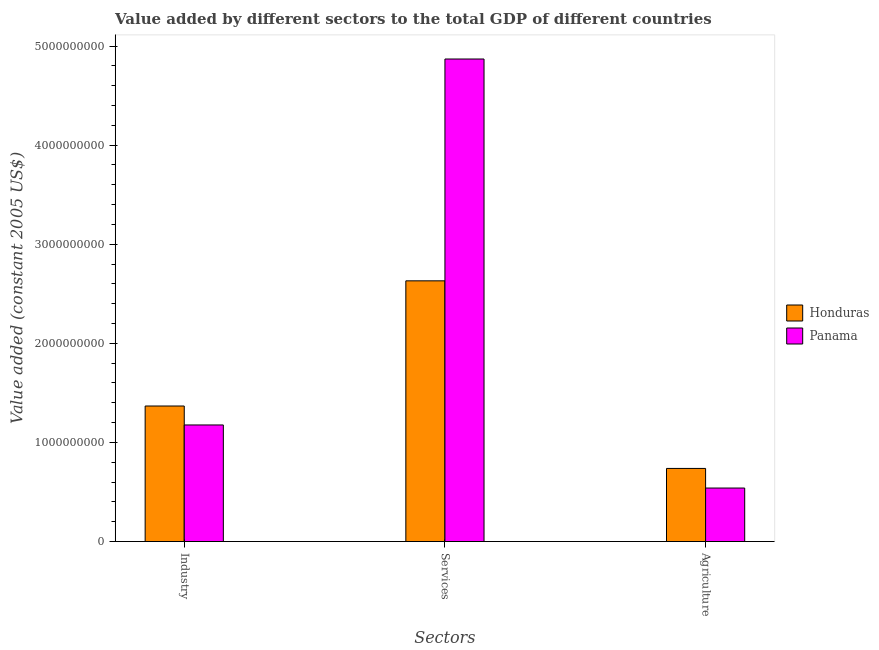
| Sectors | Honduras | Panama |
 | --- | --- | --- |
 | Industry | 1.37e+09 | 1.18e+09 |
 | Services | 2.63e+09 | 4.87e+09 |
 | Agriculture | 7.38e+08 | 5.4e+08 |